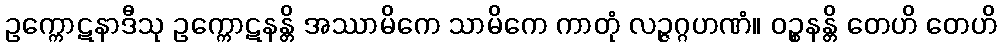
ဥက္ကောဋနာဒီသု ဥက္ကောဋနန္တိ အဿာမိကေ သာမိကေ ကာတုံ လဉ္ဇဂ္ဂဟဏံ။ ဝဉ္စနန္တိ တေဟိ တေဟိ